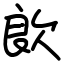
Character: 欴